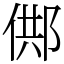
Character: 䣏